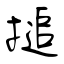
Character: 搥